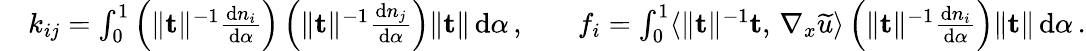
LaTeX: \begin{array}{rlrl}&{k_{ij}=\int_{0}^{1}\left(\| \mathbf{t}\| ^{-1}\frac{\mathrm{d}n_{i}}{\mathrm{d}\alpha}\right)\left(\| \mathbf{t}\| ^{-1}\frac{\mathrm{d}n_{j}}{\mathrm{d}\alpha}\right)\| \mathbf{t}\| \, \mathrm{d}\alpha\, ,}&&{f_{i}=\int_{0}^{1}\langle\| \mathbf{t}\| ^{-1}\mathbf{t},\, \nabla_{x}\widetilde{u}\rangle\left(\| \mathbf{t}\| ^{-1}\frac{\mathrm{d}n_{i}}{\mathrm{d}\alpha}\right)\| \mathbf{t}\| \, \mathrm{d}\alpha\, .}\end{array}